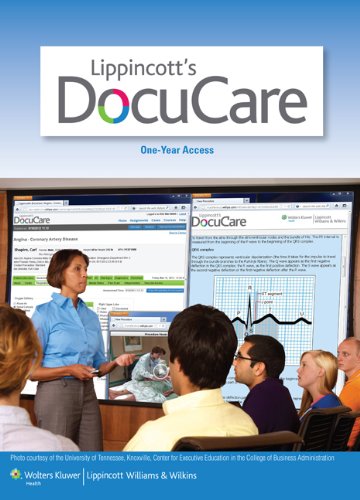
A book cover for LWW DocuCare One-Year Access plus LWW NDH2016 Package; Lippincott; Medical Books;